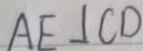
A E \bot C D